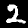
Label: 2